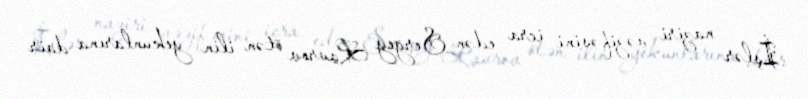
İşlər naziri vəzifəsini icra edən Sergey Lavrov ötən ilin yekunlarına dair